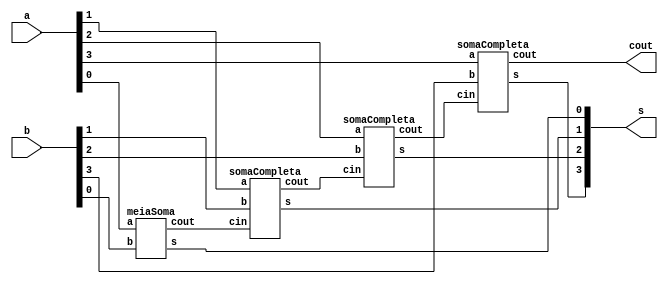
module Exercicio01(cout, s, a, b);
	output[3:0] s;
	output cout;
	input[3:0] a, b;
	wire t1, t2, t3;

	meiaSoma HALFADDER1(t1, s[0], a[0], b[0]);
	somaCompleta FULLADDER1(t2, s[1], t1, a[1], b[1]);
	somaCompleta FULLADDER2(t3, s[2], t2, a[2], b[2]);
	somaCompleta FULLADDER3(cout, s[3], t3, a[3], b[3]);
endmodule

module somaCompleta(cout, s, cin, a, b);
	output cout, s;
	input cin, a, b;
	wire t1, t2, t3;
	meiaSoma HALFADDER1(t2, t1, a, b);
	meiaSoma HALFADDER2(t3, s, t1, cin);
	or OR1(cout, t3, t2);
endmodule

module meiaSoma(cout, s, a, b);
	output cout, s;
	input a, b;
	xor XOR1(s, a, b);
	and AND1(cout, a, b);
endmodule

module testeExercicio01;
	reg[3:0] a, b;
	wire[3:0] s;
	wire cout;
	integer i, j, linha;
	
	Exercicio01 FULLADDER4BITS(cout, s, a, b);

	initial begin
		a = 0;
		b = 0;
		linha = -1;
	end

	initial begin
		$display("Exercicio 01 - Douglas Borges - 417889");
		$display("Circuito Somador Completo de 4 Bits\n");

		#1 $display("       a   +   b  = C Soma");

		for(i = 0; i < 16; i = i + 1)begin
			a = i;
			for(j = 0; j < 16; j = j + 1)begin
				#1 b = j; linha = linha + 1;
				#1 $display("  %3d %4b + %4b = %b %4b", linha, a, b, cout, s);
			end
		end
	end

/*
Exercicio 01 - Douglas Borges - 417889
Circuito Somador Completo de 4 Bits

       a   +   b  = C Soma
    0 0000 + 0000 = 0 0000
    1 0000 + 0001 = 0 0001
    2 0000 + 0010 = 0 0010
    3 0000 + 0011 = 0 0011
    4 0000 + 0100 = 0 0100
    5 0000 + 0101 = 0 0101
    6 0000 + 0110 = 0 0110
    7 0000 + 0111 = 0 0111
    8 0000 + 1000 = 0 1000
    9 0000 + 1001 = 0 1001
   10 0000 + 1010 = 0 1010
   11 0000 + 1011 = 0 1011
   12 0000 + 1100 = 0 1100
   13 0000 + 1101 = 0 1101
   14 0000 + 1110 = 0 1110
   15 0000 + 1111 = 0 1111
   16 0001 + 0000 = 0 0001
   17 0001 + 0001 = 0 0010
   18 0001 + 0010 = 0 0011
   19 0001 + 0011 = 0 0100
   20 0001 + 0100 = 0 0101
   21 0001 + 0101 = 0 0110
   22 0001 + 0110 = 0 0111
   23 0001 + 0111 = 0 1000
   24 0001 + 1000 = 0 1001
   25 0001 + 1001 = 0 1010
   26 0001 + 1010 = 0 1011
   27 0001 + 1011 = 0 1100
   28 0001 + 1100 = 0 1101
   29 0001 + 1101 = 0 1110
   30 0001 + 1110 = 0 1111
   31 0001 + 1111 = 1 0000
   32 0010 + 0000 = 0 0010
   33 0010 + 0001 = 0 0011
   34 0010 + 0010 = 0 0100
   35 0010 + 0011 = 0 0101
   36 0010 + 0100 = 0 0110
   37 0010 + 0101 = 0 0111
   38 0010 + 0110 = 0 1000
   39 0010 + 0111 = 0 1001
   40 0010 + 1000 = 0 1010
   41 0010 + 1001 = 0 1011
   42 0010 + 1010 = 0 1100
   43 0010 + 1011 = 0 1101
   44 0010 + 1100 = 0 1110
   45 0010 + 1101 = 0 1111
   46 0010 + 1110 = 1 0000
   47 0010 + 1111 = 1 0001
   48 0011 + 0000 = 0 0011
   49 0011 + 0001 = 0 0100
   50 0011 + 0010 = 0 0101
   51 0011 + 0011 = 0 0110
   52 0011 + 0100 = 0 0111
   53 0011 + 0101 = 0 1000
   54 0011 + 0110 = 0 1001
   55 0011 + 0111 = 0 1010
   56 0011 + 1000 = 0 1011
   57 0011 + 1001 = 0 1100
   58 0011 + 1010 = 0 1101
   59 0011 + 1011 = 0 1110
   60 0011 + 1100 = 0 1111
   61 0011 + 1101 = 1 0000
   62 0011 + 1110 = 1 0001
   63 0011 + 1111 = 1 0010
   64 0100 + 0000 = 0 0100
   65 0100 + 0001 = 0 0101
   66 0100 + 0010 = 0 0110
   67 0100 + 0011 = 0 0111
   68 0100 + 0100 = 0 1000
   69 0100 + 0101 = 0 1001
   70 0100 + 0110 = 0 1010
   71 0100 + 0111 = 0 1011
   72 0100 + 1000 = 0 1100
   73 0100 + 1001 = 0 1101
   74 0100 + 1010 = 0 1110
   75 0100 + 1011 = 0 1111
   76 0100 + 1100 = 1 0000
   77 0100 + 1101 = 1 0001
   78 0100 + 1110 = 1 0010
   79 0100 + 1111 = 1 0011
   80 0101 + 0000 = 0 0101
   81 0101 + 0001 = 0 0110
   82 0101 + 0010 = 0 0111
   83 0101 + 0011 = 0 1000
   84 0101 + 0100 = 0 1001
   85 0101 + 0101 = 0 1010
   86 0101 + 0110 = 0 1011
   87 0101 + 0111 = 0 1100
   88 0101 + 1000 = 0 1101
   89 0101 + 1001 = 0 1110
   90 0101 + 1010 = 0 1111
   91 0101 + 1011 = 1 0000
   92 0101 + 1100 = 1 0001
   93 0101 + 1101 = 1 0010
   94 0101 + 1110 = 1 0011
   95 0101 + 1111 = 1 0100
   96 0110 + 0000 = 0 0110
   97 0110 + 0001 = 0 0111
   98 0110 + 0010 = 0 1000
   99 0110 + 0011 = 0 1001
  100 0110 + 0100 = 0 1010
  101 0110 + 0101 = 0 1011
  102 0110 + 0110 = 0 1100
  103 0110 + 0111 = 0 1101
  104 0110 + 1000 = 0 1110
  105 0110 + 1001 = 0 1111
  106 0110 + 1010 = 1 0000
  107 0110 + 1011 = 1 0001
  108 0110 + 1100 = 1 0010
  109 0110 + 1101 = 1 0011
  110 0110 + 1110 = 1 0100
  111 0110 + 1111 = 1 0101
  112 0111 + 0000 = 0 0111
  113 0111 + 0001 = 0 1000
  114 0111 + 0010 = 0 1001
  115 0111 + 0011 = 0 1010
  116 0111 + 0100 = 0 1011
  117 0111 + 0101 = 0 1100
  118 0111 + 0110 = 0 1101
  119 0111 + 0111 = 0 1110
  120 0111 + 1000 = 0 1111
  121 0111 + 1001 = 1 0000
  122 0111 + 1010 = 1 0001
  123 0111 + 1011 = 1 0010
  124 0111 + 1100 = 1 0011
  125 0111 + 1101 = 1 0100
  126 0111 + 1110 = 1 0101
  127 0111 + 1111 = 1 0110
  128 1000 + 0000 = 0 1000
  129 1000 + 0001 = 0 1001
  130 1000 + 0010 = 0 1010
  131 1000 + 0011 = 0 1011
  132 1000 + 0100 = 0 1100
  133 1000 + 0101 = 0 1101
  134 1000 + 0110 = 0 1110
  135 1000 + 0111 = 0 1111
  136 1000 + 1000 = 1 0000
  137 1000 + 1001 = 1 0001
  138 1000 + 1010 = 1 0010
  139 1000 + 1011 = 1 0011
  140 1000 + 1100 = 1 0100
  141 1000 + 1101 = 1 0101
  142 1000 + 1110 = 1 0110
  143 1000 + 1111 = 1 0111
  144 1001 + 0000 = 0 1001
  145 1001 + 0001 = 0 1010
  146 1001 + 0010 = 0 1011
  147 1001 + 0011 = 0 1100
  148 1001 + 0100 = 0 1101
  149 1001 + 0101 = 0 1110
  150 1001 + 0110 = 0 1111
  151 1001 + 0111 = 1 0000
  152 1001 + 1000 = 1 0001
  153 1001 + 1001 = 1 0010
  154 1001 + 1010 = 1 0011
  155 1001 + 1011 = 1 0100
  156 1001 + 1100 = 1 0101
  157 1001 + 1101 = 1 0110
  158 1001 + 1110 = 1 0111
  159 1001 + 1111 = 1 1000
  160 1010 + 0000 = 0 1010
  161 1010 + 0001 = 0 1011
  162 1010 + 0010 = 0 1100
  163 1010 + 0011 = 0 1101
  164 1010 + 0100 = 0 1110
  165 1010 + 0101 = 0 1111
  166 1010 + 0110 = 1 0000
  167 1010 + 0111 = 1 0001
  168 1010 + 1000 = 1 0010
  169 1010 + 1001 = 1 0011
  170 1010 + 1010 = 1 0100
  171 1010 + 1011 = 1 0101
  172 1010 + 1100 = 1 0110
  173 1010 + 1101 = 1 0111
  174 1010 + 1110 = 1 1000
  175 1010 + 1111 = 1 1001
  176 1011 + 0000 = 0 1011
  177 1011 + 0001 = 0 1100
  178 1011 + 0010 = 0 1101
  179 1011 + 0011 = 0 1110
  180 1011 + 0100 = 0 1111
  181 1011 + 0101 = 1 0000
  182 1011 + 0110 = 1 0001
  183 1011 + 0111 = 1 0010
  184 1011 + 1000 = 1 0011
  185 1011 + 1001 = 1 0100
  186 1011 + 1010 = 1 0101
  187 1011 + 1011 = 1 0110
  188 1011 + 1100 = 1 0111
  189 1011 + 1101 = 1 1000
  190 1011 + 1110 = 1 1001
  191 1011 + 1111 = 1 1010
  192 1100 + 0000 = 0 1100
  193 1100 + 0001 = 0 1101
  194 1100 + 0010 = 0 1110
  195 1100 + 0011 = 0 1111
  196 1100 + 0100 = 1 0000
  197 1100 + 0101 = 1 0001
  198 1100 + 0110 = 1 0010
  199 1100 + 0111 = 1 0011
  200 1100 + 1000 = 1 0100
  201 1100 + 1001 = 1 0101
  202 1100 + 1010 = 1 0110
  203 1100 + 1011 = 1 0111
  204 1100 + 1100 = 1 1000
  205 1100 + 1101 = 1 1001
  206 1100 + 1110 = 1 1010
  207 1100 + 1111 = 1 1011
  208 1101 + 0000 = 0 1101
  209 1101 + 0001 = 0 1110
  210 1101 + 0010 = 0 1111
  211 1101 + 0011 = 1 0000
  212 1101 + 0100 = 1 0001
  213 1101 + 0101 = 1 0010
  214 1101 + 0110 = 1 0011
  215 1101 + 0111 = 1 0100
  216 1101 + 1000 = 1 0101
  217 1101 + 1001 = 1 0110
  218 1101 + 1010 = 1 0111
  219 1101 + 1011 = 1 1000
  220 1101 + 1100 = 1 1001
  221 1101 + 1101 = 1 1010
  222 1101 + 1110 = 1 1011
  223 1101 + 1111 = 1 1100
  224 1110 + 0000 = 0 1110
  225 1110 + 0001 = 0 1111
  226 1110 + 0010 = 1 0000
  227 1110 + 0011 = 1 0001
  228 1110 + 0100 = 1 0010
  229 1110 + 0101 = 1 0011
  230 1110 + 0110 = 1 0100
  231 1110 + 0111 = 1 0101
  232 1110 + 1000 = 1 0110
  233 1110 + 1001 = 1 0111
  234 1110 + 1010 = 1 1000
  235 1110 + 1011 = 1 1001
  236 1110 + 1100 = 1 1010
  237 1110 + 1101 = 1 1011
  238 1110 + 1110 = 1 1100
  239 1110 + 1111 = 1 1101
  240 1111 + 0000 = 0 1111
  241 1111 + 0001 = 1 0000
  242 1111 + 0010 = 1 0001
  243 1111 + 0011 = 1 0010
  244 1111 + 0100 = 1 0011
  245 1111 + 0101 = 1 0100
  246 1111 + 0110 = 1 0101
  247 1111 + 0111 = 1 0110
  248 1111 + 1000 = 1 0111
  249 1111 + 1001 = 1 1000
  250 1111 + 1010 = 1 1001
  251 1111 + 1011 = 1 1010
  252 1111 + 1100 = 1 1011
  253 1111 + 1101 = 1 1100
  254 1111 + 1110 = 1 1101
  255 1111 + 1111 = 1 1110
*/

endmodule